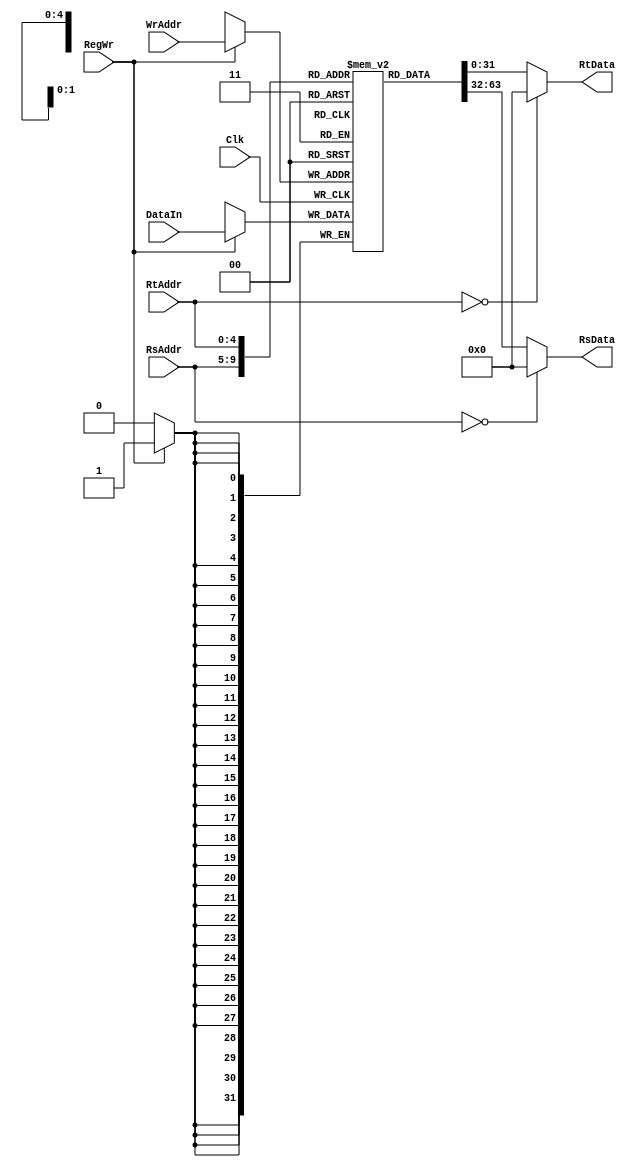
module RegFile(input [4:0]RsAddr,
               input [4:0]RtAddr,
               input [4:0]WrAddr,
               input [31:0]DataIn,
               input RegWr,
               input Clk,
               output reg [31:0]RsData,
               output reg [31:0]RtData);
    reg [31:0]RAM[0:31];
    always@ (*) begin
        if (RsAddr == 0)
            RsData <= 0;
        else
            RsData <= RAM[RsAddr];
        if (RtAddr == 0)
            RtData <= 0;
        else
            RtData <= RAM[RtAddr];
    end
    always@ (posedge Clk)
        if(RegWr)
            RAM[WrAddr] <= DataIn;
endmodule